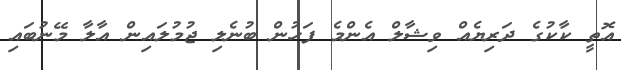
އޮތީ ކާކުގެ ދަރިޔެއް ވިޝާލް އެންމެ ފަހުން ބުނެލި ޖުމުލައިން އާލާ މޭނުބައި